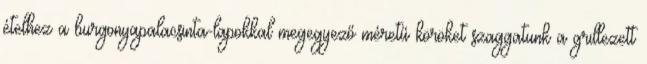
ételhez a burgonyapalacsinta-lapokkal megegyező méretű köröket szaggatunk a grillezett